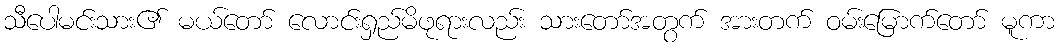
သီပေါမင်းသား၏ မယ်တော် လောင်းရှည်မိဖုရားလည်း သားတော်အတွက် အားတက် ဝမ်းမြောက်တော် မူကာ